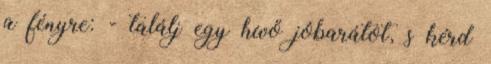
a fényre: - találj egy hívő jóbarátot, s kérd